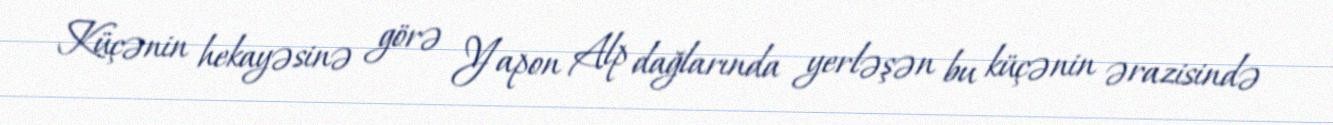
Küçənin hekayəsinə görə Yapon Alp dağlarında yerləşən bu küçənin ərazisində